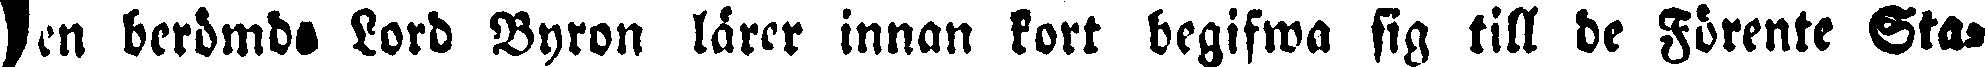
# berömds Lord Byron lärer innan kort begifwa sig till de Förente Sta-